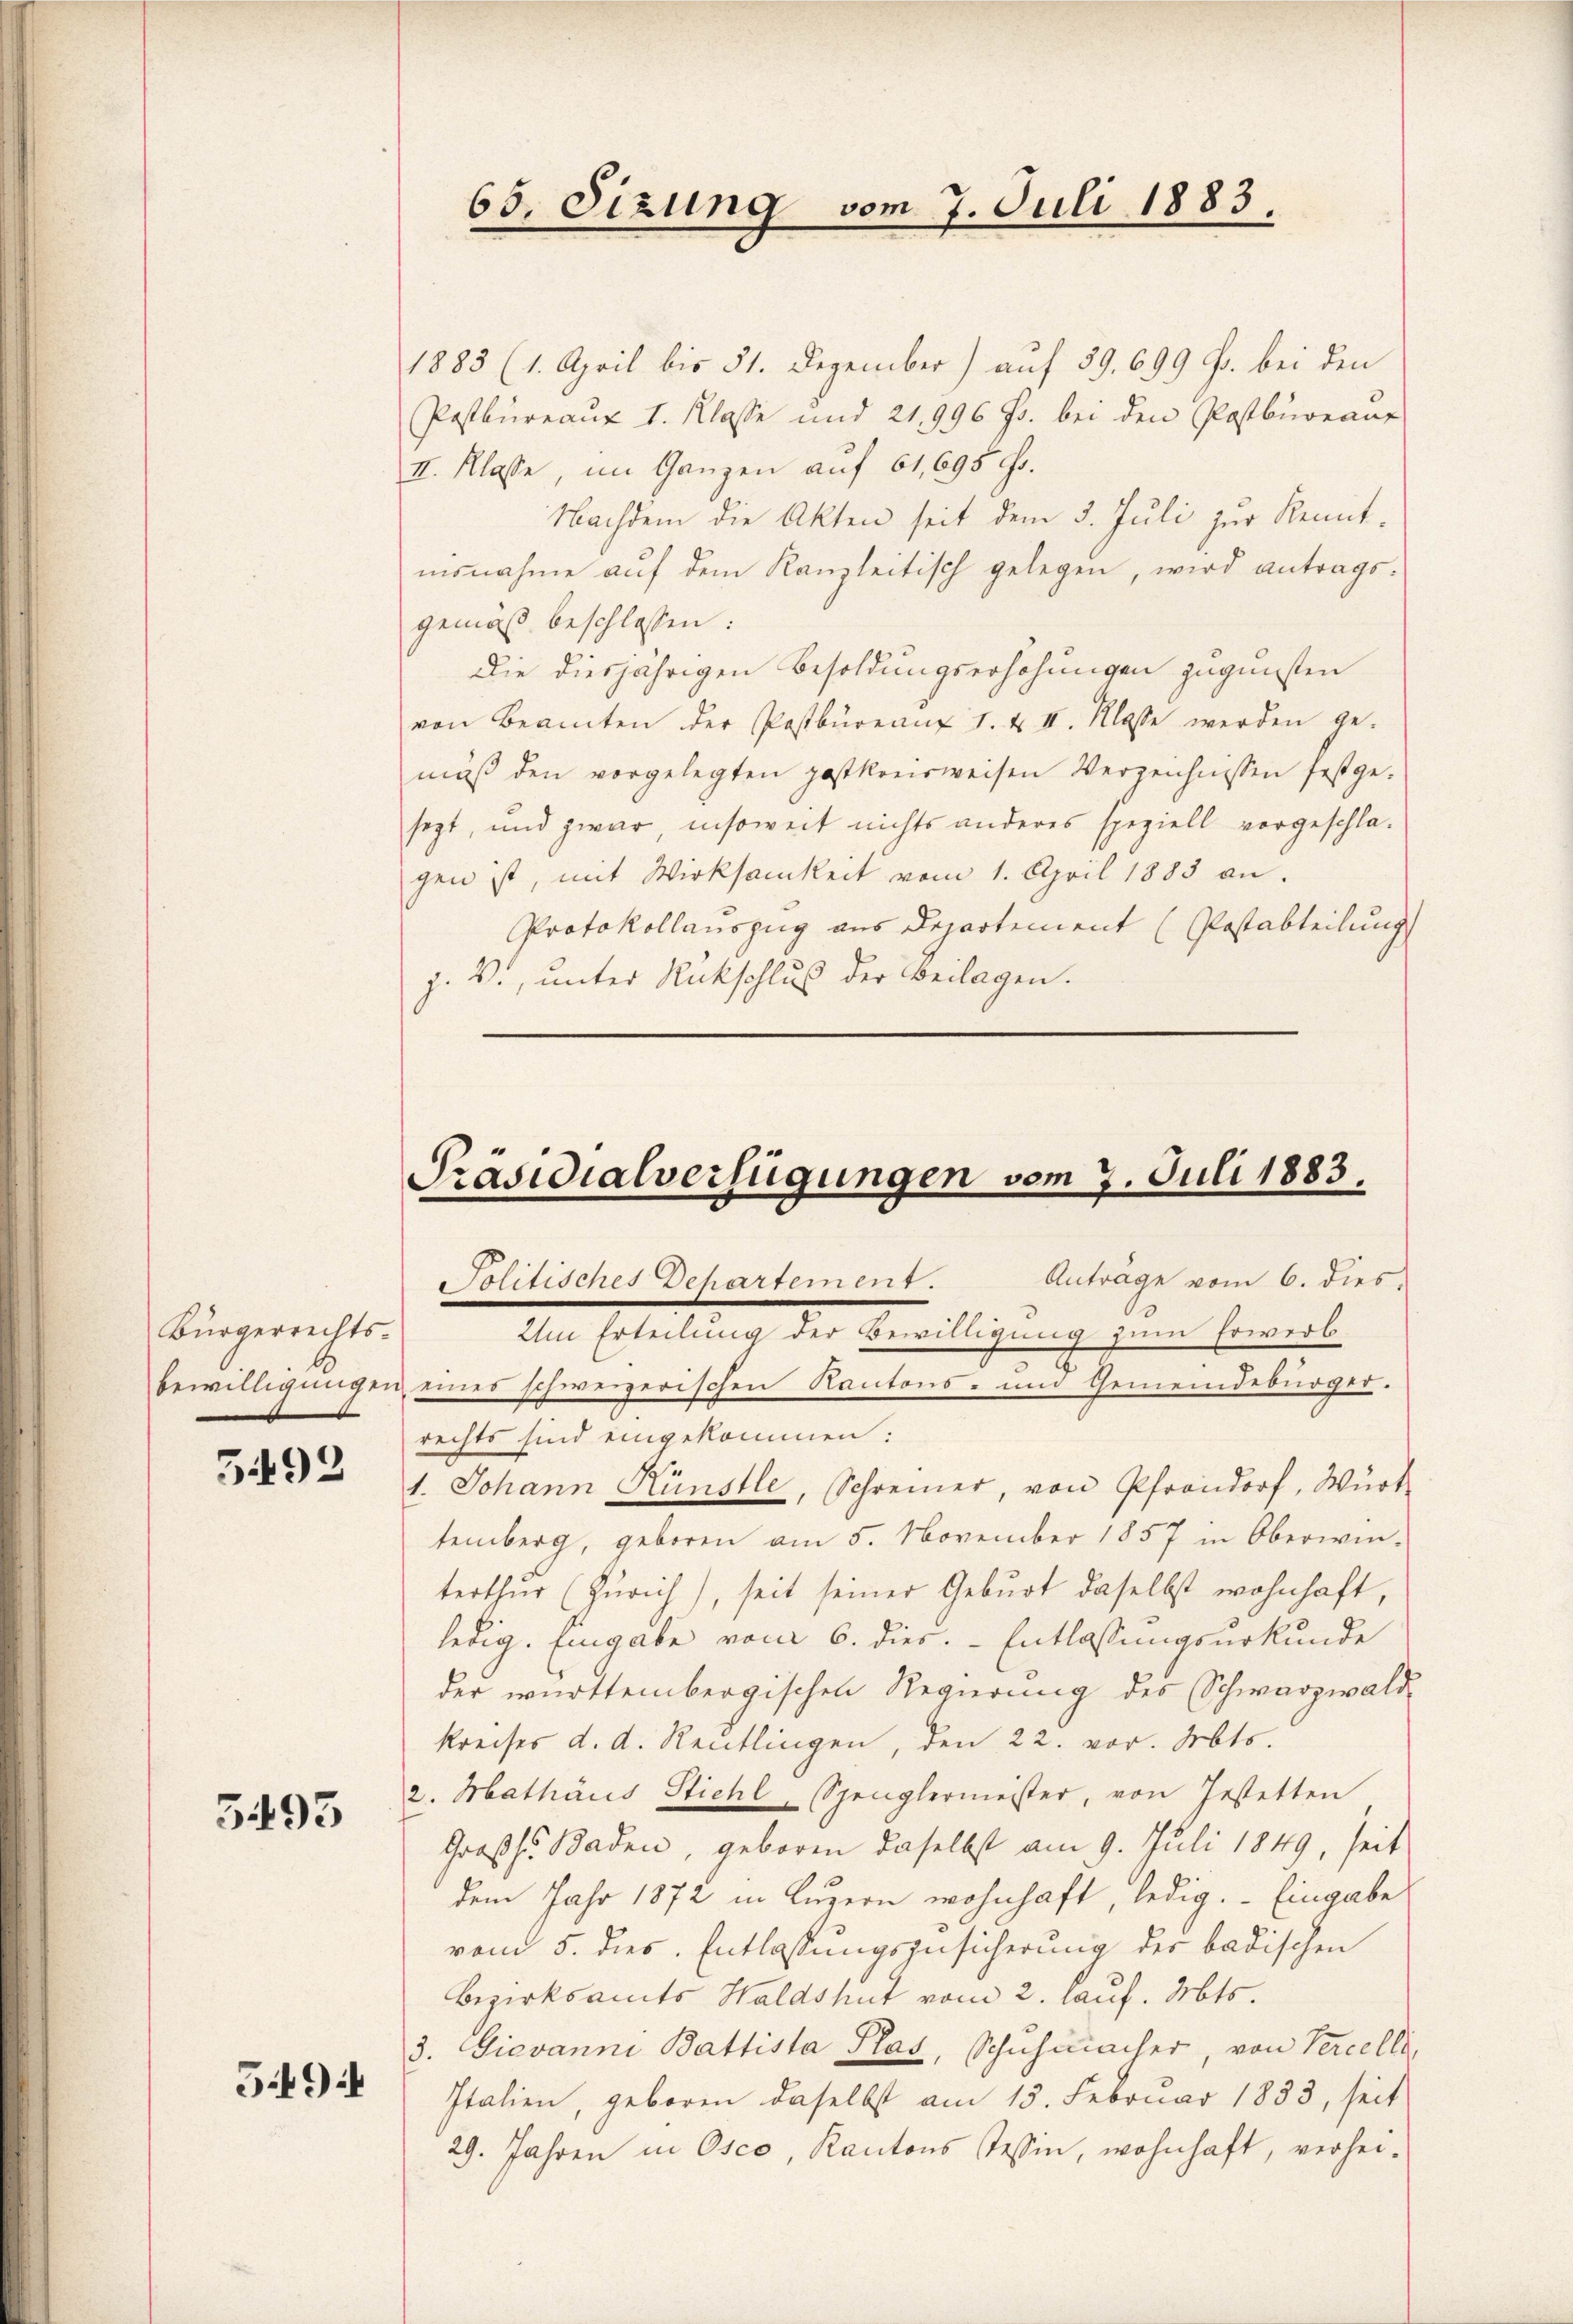
Bürgerrechtsbewilligungen

5493

3493

594

1883 (1. April bis 51. Dezember) auf 59. 699 f. bei den
Postbureaux I. Klasse und 21,996 Fr. bei den Postbureaus
II. Klasse, im Ganzen auf 61,695 f.
Nachdem die Akten seit dem 3. Juli zur Kenntisnahme aŭf dem Kanzleitisch gelegen, wird antrags-
gemäß beschlossen:
Die diesjährigen Besoldungserhöhungen zugunsten
von Beamten der Postbüreau 1. & II. Klasse werden ge-
muß den vorgelegten postkreisweisen Verzeichnissen festgesezt, und zwar insoweit nichts anderes speziell vorgeschla-
gen ist, mit Wirksamkeit vom 1. April 1883 an.
Protokollauszug aus Departement (Postabteilung
j. W., unter Rückschluß der Beilagen.

65. Sizung vom 7. Juli 1883.

Präsidialverfügungen vom 7. Juli 1883,
Politisches Dehartement. Anträge vom 6. dies

Um Erteilung der Bewilligung zum Erwerb
eines schweizerischen Kantons- und Gemeindebürger.
rechts sind eingekommen:
1. Johann Künstle, Schreiner, von Pfandorf, Würt
temberg, geboren am 5. November 1857 in Oberwin-
terthur (Zürich), seit seiner Geburt daselbst wohnhaft,
ledig. Eingabe vom 6. dies. - Entlassungsurkunde
der württembergischen Regierung des Schwarzwald
Kreises d. d. Reutlingen, den 22. vor. Mts.
2. Mathäus Stichl, Spenglermeister, von Jestetten
Großh. Baden, geboren daselbst am 9. Juli 1849, seit
dem Jahr 1872 in Luzern wohnhaft, ledig. Eingabe
vom 5. dies. Entlassungszusicherung der badischen
Bezirksamts Waldshut vom 2. lauf. Mts.
3. Giovanni Battista Plas, Schuhmacher, von Tercelli,
Italien, geboren daselbst am 15. Februar 1833, seit
29. Jahren in Osco, Kantons Tessin, wohnhaft, verhei-